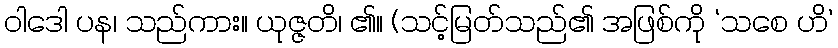
ဝါဒေါ ပန၊ သည်ကား။ ယုဇ္ဇတိ၊ ၏။ (သင့်မြတ်သည်၏ အဖြစ်ကို ‘သစေ ဟိ’